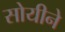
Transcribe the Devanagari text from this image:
सोयीने